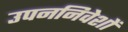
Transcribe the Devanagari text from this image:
उपननिवेशों